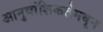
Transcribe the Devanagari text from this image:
आनुवांशिकतेमधून